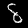
Digit: 8